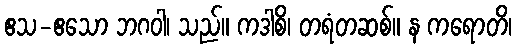
ဧသ-ဧသော ဘဂဝါ၊ သည်။ ကဒါစိ၊ တရံတဆစ်။ န ကရောတိ၊